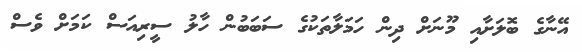
އޭނާގެ ބޮލަށާއި މޫނަށް ދިން ހަމަލާތަކުގެ ސަބަބުން ހާލު ސީރިއަސް ކަމަށް ވެސް